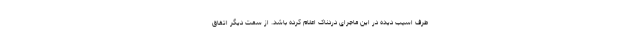
طرف اسیب دیده در این ماجرای دردناک اعلام کرده باشد. از سمت دیگر اتفاق